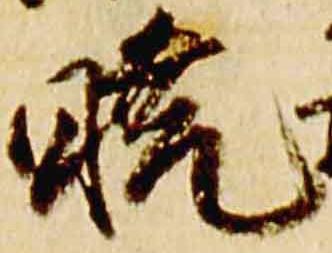
暁